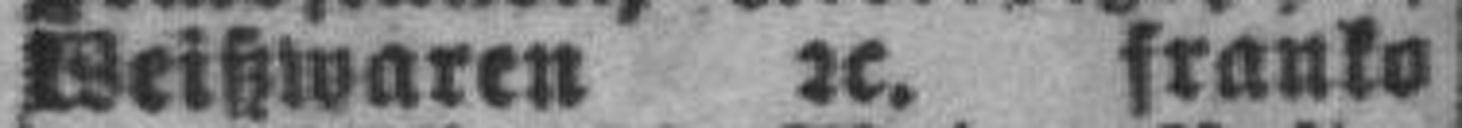
Weißwaren 2c. franko